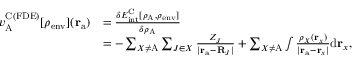
\begin{array} { r l } { v _ { \mathrm { A } } ^ { \mathrm { C ( F D E ) } } [ \rho _ { \mathrm { e n v } } ] ( \mathbf { r } _ { \mathrm { a } } ) } & { = \frac { \delta E _ { \mathrm { i n t } } ^ { \mathrm { C } } [ \rho _ { \mathrm { A } } , \rho _ { \mathrm { e n v } } ] } { \delta \rho _ { \mathrm { A } } } } \\ & { = - \sum _ { X \neq \mathrm { A } } \sum _ { J \in X } \frac { Z _ { J } } { | \mathbf { r } _ { \mathrm { a } } - \mathbf { R } _ { J } | } + \sum _ { X \neq \mathrm { A } } \int \frac { \rho _ { X } ( \mathbf { r } _ { x } ) } { | \mathbf { r } _ { \mathrm { a } } - \mathbf { r } _ { x } | } { \mathrm { d } } \mathbf { r } _ { x } , } \end{array}